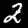
Label: 2